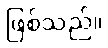
ဖြစ်သည်။